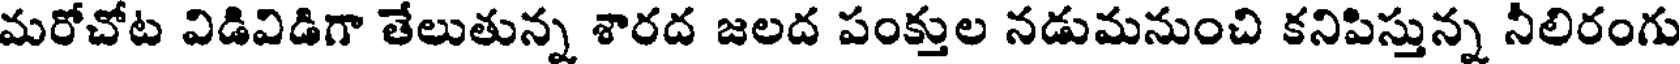
మరోచోట విడివిడిగా తేలుతున్న శారద జలద పంక్తుల నడుమనుంచి కనిపిస్తున్న నీలిరంగు